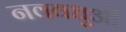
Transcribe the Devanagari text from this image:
नववधुओं